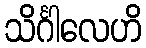
သိင်္ဂါလေဟိ